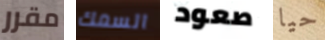
مقرر السمك صعود حيا